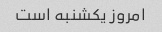
امروز یکشنبه است